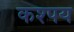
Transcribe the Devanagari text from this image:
कश्पय